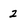
Character: 2